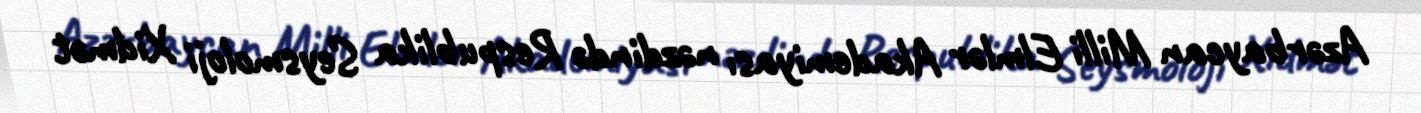
Azərbaycan Milli Elmlər Akademiyası nəzdində Respublika Seysmoloji Xidmət